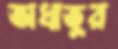
অধাতুর